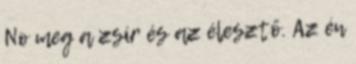
No meg a zsír és az élesztő. Az én